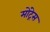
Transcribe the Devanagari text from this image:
मोंट्रेस